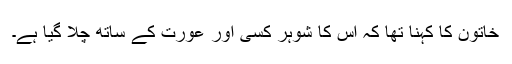
خاتون کا کہنا تھا کہ اس کا شوہر کسی اور عورت کے ساتھ چلا گیا ہے۔